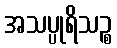
အသပ္ပုရိသဉ္စ